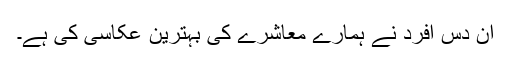
ان دس افرد نے ہمارے معاشرے کی بہترین عکاسی کی ہے۔